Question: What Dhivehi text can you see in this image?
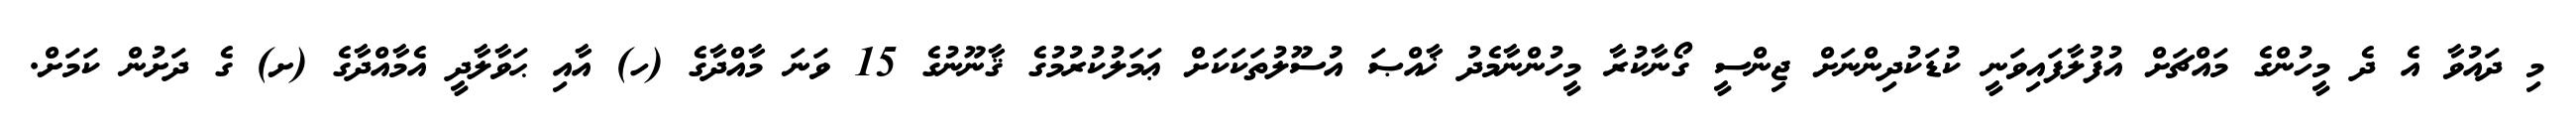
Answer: މި ދައުވާ އެ ދެ މީހުންގެ މައްޗަށް އުފުލާފައިވަނީ ކުޑަކުދިންނަށް ޖިންސީ ގޯނާކުރާ މީހުންނާމެދު ޚާއްޞަ އުސޫލުތަކަކަށް ޢަމަލުކުރުމުގެ ޤާނޫނުގެ 15 ވަނަ މާއްދާގެ (ހ) އާއި ޙަވާލާދީ އެމާއްދާގެ (ށ) ގެ ދަށުން ކަމަށް.